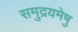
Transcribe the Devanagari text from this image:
समुद्रयमेषु